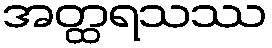
အတ္ထရသဿ